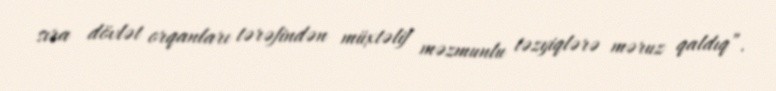
sıra dövlət orqanları tərəfindən müxtəlif məzmunlu təzyiqlərə məruz qaldıq”.